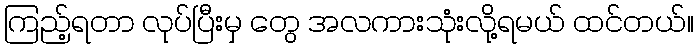
ကြည့်ရတာ လုပ်ပြီးမှ တွေ အလကားသုံးလို့ရမယ် ထင်တယ်။